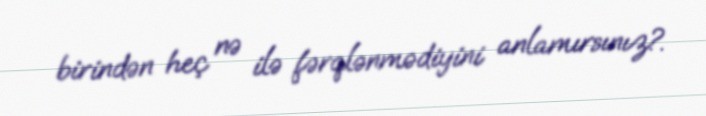
birindən heç nə ilə fərqlənmədiyini anlamırsınız?.